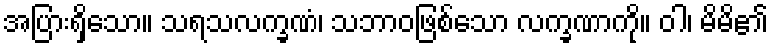
အပြားရှိသော။ သရသလက္ခဏံ၊ သဘာဝဖြစ်သော လက္ခဏာကို။ ဝါ၊ မိမိ၏